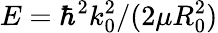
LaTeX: E=\hbar^{2}k_{0}^{2}/(2\mu R_{0}^{2})